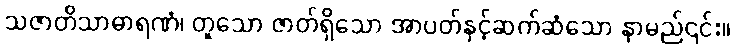
သဇာတိသာဓာရဏံ၊ တူသော ဇာတ်ရှိသော အာပတ်နှင့်ဆက်ဆံသော နာမည်၎င်း။